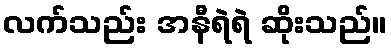
လက်သည်း အနီရဲရဲ ဆိုးသည်။